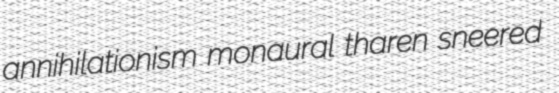
annihilationism monaural tharen sneered